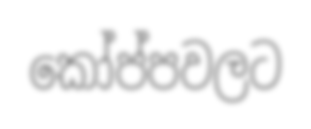
කෝප්පවලට